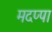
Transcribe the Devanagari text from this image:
मदप्पा